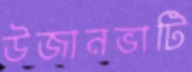
উজানভাটি